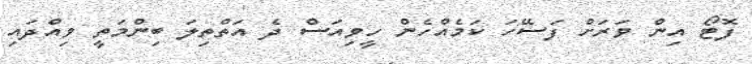
ފޮޓޯ އިން ވަރަށް ފަސޭހަ ކަމެއްހެން ހީވިއަސް ދެ އަތްތިލަ ބިންމަތީ ވިއްދައި